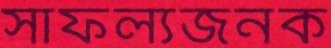
সাফল্যজনক